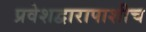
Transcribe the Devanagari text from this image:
प्रवेशद्वारापाशीच